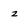
Character: z